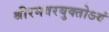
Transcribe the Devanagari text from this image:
श्रीरमवरयुक्‍तोऽयं